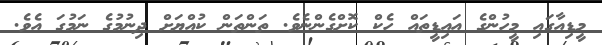
މީޑިއާގައި މީހުންގެ އައިޑީތައް ހެކް ކޮށްގެންނެވެ. ތަންތަން ކުއްޔަށް ދިނުމުގެ ނަމުގަ އެވެ.